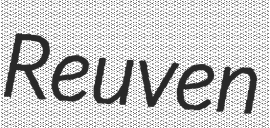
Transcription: Reuven